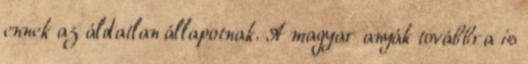
ennek az áldatlan állapotnak. A magyar anyák továbbra is